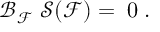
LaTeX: \mathcal { B } _ { \mathcal { F } } \ \mathcal { S ( F ) = } \; 0 \; .